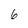
Character: 6